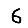
Digit: 6